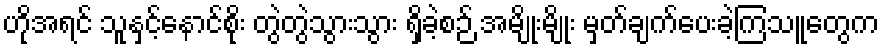
ဟိုအရင် သူနှင့်နောင်စိုး တွဲတွဲသွားသွား ရှိခဲ့စဉ် အမျိုးမျိုး မှတ်ချက်ပေးခဲ့ကြသူတွေက